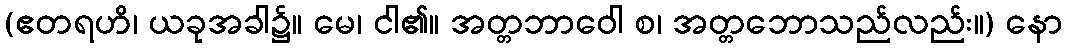
(ဧတရဟိ၊ ယခုအခါ၌။ မေ၊ ငါ၏။ အတ္တဘာဝေါ စ၊ အတ္တဘောသည်လည်း။) နော